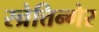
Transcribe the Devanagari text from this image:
स्च्रेत्तिन्गेर